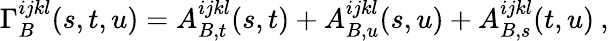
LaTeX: \Gamma_{B}^{ijkl}(s,t,u)=A_{B,t}^{ijkl}(s,t)+A_{B,u}^{ijkl}(s,u)+A_{B,s}^{ijkl}(t,u)\: ,